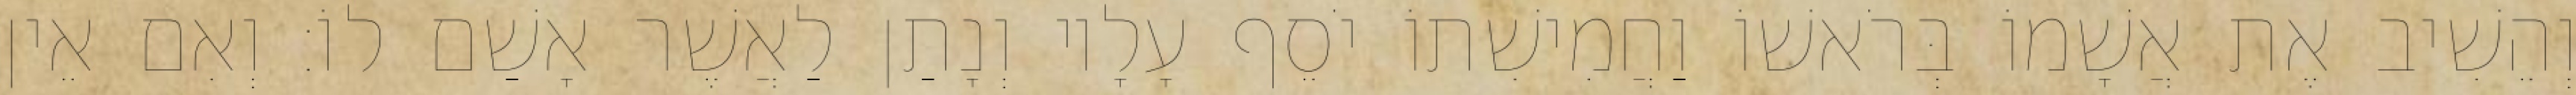
וְהֵשִׁיב אֶת אֲשָׁמוֹ בְּרֹאשׁוֹ וַחֲמִישִׁתוֹ יֹסֵף עָלָיו וְנָתַן לַאֲשֶׁר אָשַׁם לוֹ׃ וְאִם אֵין